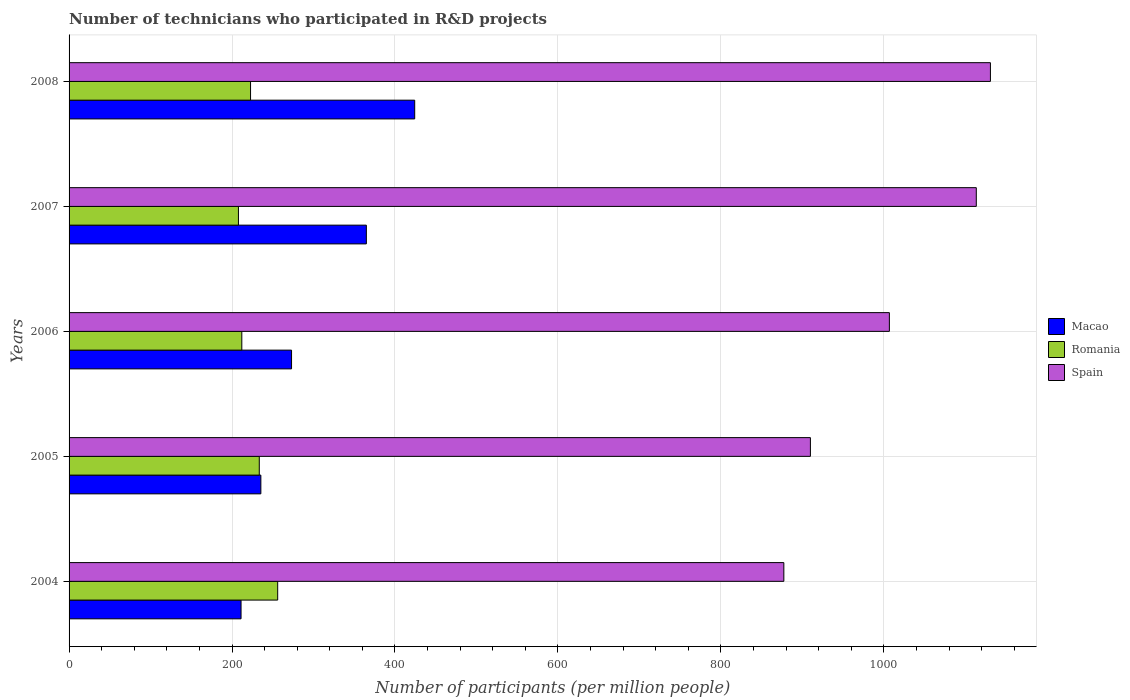
| Years | Macao | Romania | Spain |
 | --- | --- | --- | --- |
 | 2004 | 211 | 256 | 877 |
 | 2005 | 235 | 233 | 910 |
 | 2006 | 273 | 212 | 1.01e+03 |
 | 2007 | 365 | 208 | 1.11e+03 |
 | 2008 | 424 | 223 | 1.13e+03 |